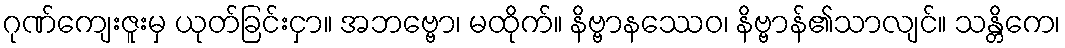
ဂုဏ်ကျေးဇူးမှ ယုတ်ခြင်းငှာ။ အဘဗ္ဗော၊ မထိုက်။ နိဗ္ဗာနဿေဝ၊ နိဗ္ဗာန်၏သာလျင်။ သန္တိကေ၊